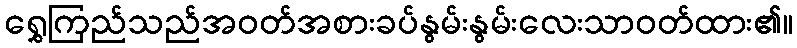
ရွှေကြည်သည်အဝတ်အစားခပ်နွမ်းနွမ်းလေးသာဝတ်ထား၏။